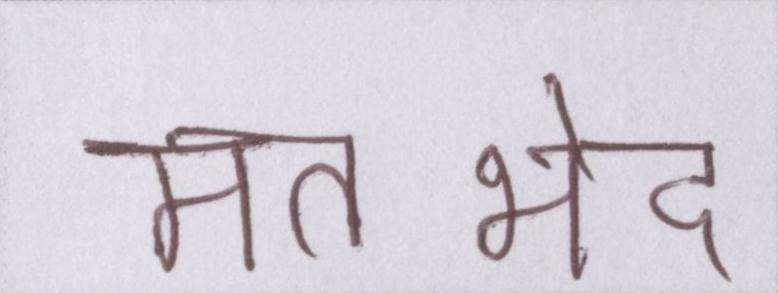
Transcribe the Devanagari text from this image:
मतभेद